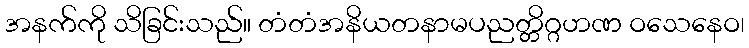
အနက်ကို သိခြင်းသည်။ တံတံအနိယတနာမပညတ္တိဂ္ဂဟဏ ဝသေနေဝ၊